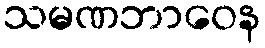
သမဏဘာဝေန